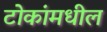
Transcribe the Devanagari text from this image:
टोकांमधील